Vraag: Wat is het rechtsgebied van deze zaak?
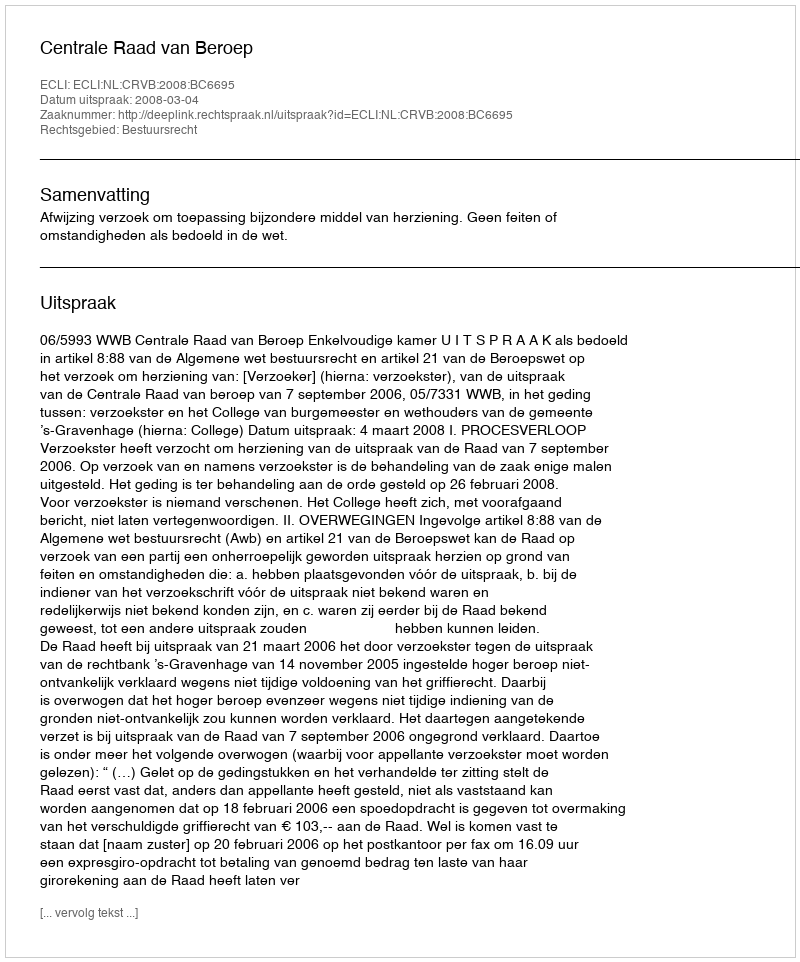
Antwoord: Bestuursrecht